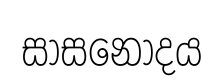
සාසනෝදය